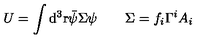
U = \int \mathrm { d } ^ { 3 } \mathrm { r } \bar { \psi } \/ \Sigma \psi \qquad \Sigma = f _ { i } \Gamma ^ { i } A _ { i }